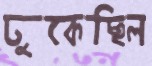
ঢুকেছিল